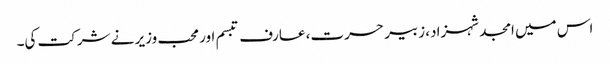
اس میں امجد شہزاد، زبیر حسرت، عارف تبسم اور محب وزیر نے شرکت کی۔